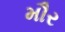
મૌર